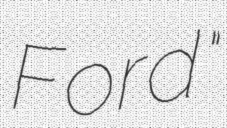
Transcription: Ford"